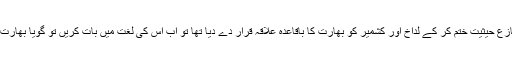
مودی نے اپنے تئیں کشمیر کی متنازع حیثیت ختم کر کے لداخ اور کشمیر کو بھارت کا باقاعدہ علاقہ قرار دے دیا تھا تو اب اس کی لغت میں بات کریں تو گویا بھارت کا علاقہ چین کے قبضے میں ہے۔